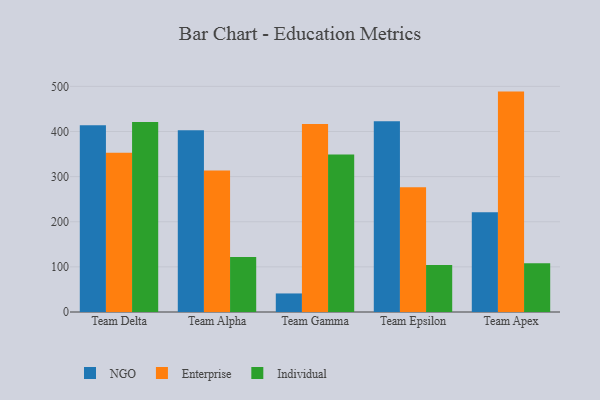
{"axis": {"x": "Team", "y": "Conversion Rate (%)"}, "legend": ["Enterprise", "Individual", "NGO"], "data": [{"x": "Team Delta", "y": 413.9, "type": "NGO"}, {"x": "Team Delta", "y": 352.9, "type": "Enterprise"}, {"x": "Team Delta", "y": 420.9, "type": "Individual"}, {"x": "Team Alpha", "y": 402.5, "type": "NGO"}, {"x": "Team Alpha", "y": 313.4, "type": "Enterprise"}, {"x": "Team Alpha", "y": 122.0, "type": "Individual"}, {"x": "Team Gamma", "y": 41.1, "type": "NGO"}, {"x": "Team Gamma", "y": 416.5, "type": "Enterprise"}, {"x": "Team Gamma", "y": 349.1, "type": "Individual"}, {"x": "Team Epsilon", "y": 422.7, "type": "NGO"}, {"x": "Team Epsilon", "y": 276.7, "type": "Enterprise"}, {"x": "Team Epsilon", "y": 104.3, "type": "Individual"}, {"x": "Team Apex", "y": 221.1, "type": "NGO"}, {"x": "Team Apex", "y": 488.4, "type": "Enterprise"}, {"x": "Team Apex", "y": 108.0, "type": "Individual"}]}